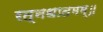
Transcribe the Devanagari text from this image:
रत्नधातमम्॥